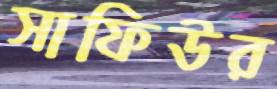
সাফিউর